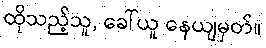
ထိုသည့်သူ, ခေါ်ယူ နေယျမှတ်။